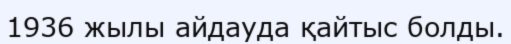
1936 жылы айдауда қайтыс болды.